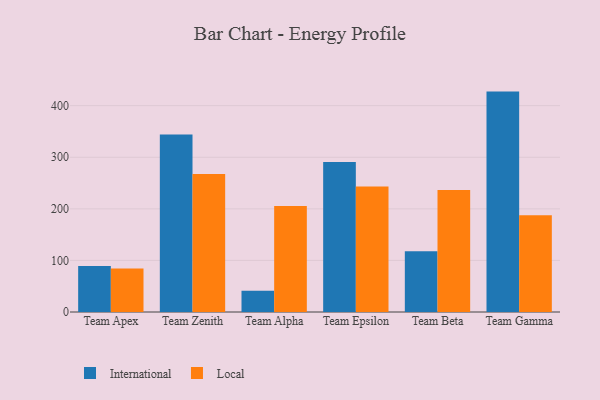
{"axis": {"x": "Team", "y": "Budget (USD K)"}, "legend": ["International", "Local"], "data": [{"x": "Team Apex", "y": 89.1, "type": "International"}, {"x": "Team Apex", "y": 84.4, "type": "Local"}, {"x": "Team Zenith", "y": 343.9, "type": "International"}, {"x": "Team Zenith", "y": 267.6, "type": "Local"}, {"x": "Team Alpha", "y": 41.3, "type": "International"}, {"x": "Team Alpha", "y": 205.5, "type": "Local"}, {"x": "Team Epsilon", "y": 290.6, "type": "International"}, {"x": "Team Epsilon", "y": 243.3, "type": "Local"}, {"x": "Team Beta", "y": 117.9, "type": "International"}, {"x": "Team Beta", "y": 236.6, "type": "Local"}, {"x": "Team Gamma", "y": 427.3, "type": "International"}, {"x": "Team Gamma", "y": 187.8, "type": "Local"}]}